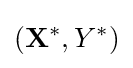
(\mathbf {X^{*}} ,Y^{*})